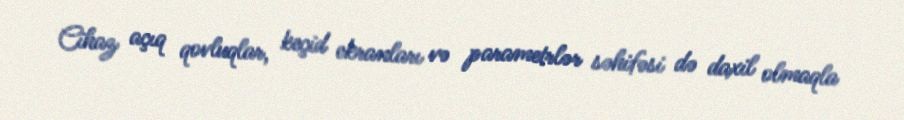
Cihaz açıq qovluqlar, keçid ekranları və parametrlər səhifəsi də daxil olmaqla